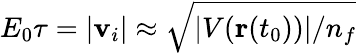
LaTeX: E_{0}\tau=|\textbf{v}_{i}|\approx\sqrt{|V(\mathbf{r}(t_{0}))|/n_{f}}